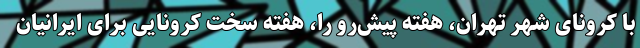
با کرونای شهر تهران، هفته پیش‌رو را، هفته سخت کرونایی برای ایرانیان